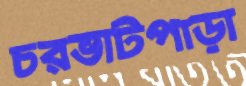
চরভাটপাড়া